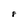
Character: 8